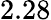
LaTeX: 2.28